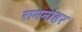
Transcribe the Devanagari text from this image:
रामनोहर